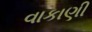
વાકાણી